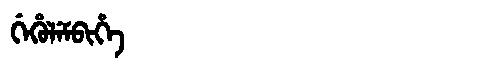
Manchu: ᡤᡝᡥᡠᠯᡝᠮᠪᡳᡥᡝ
Romanization: GEHULEMBIHE